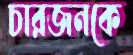
চারজনকে